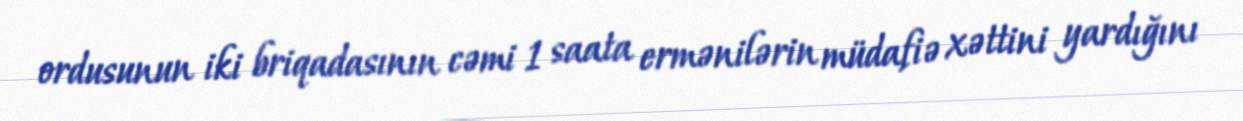
ordusunun iki briqadasının cəmi 1 saata ermənilərin müdafiə xəttini yardığını